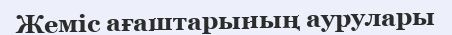
Жеміс ағаштарының аурулары